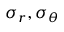
\sigma _ { r } , \sigma _ { \theta }